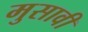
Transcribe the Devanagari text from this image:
मुसावी